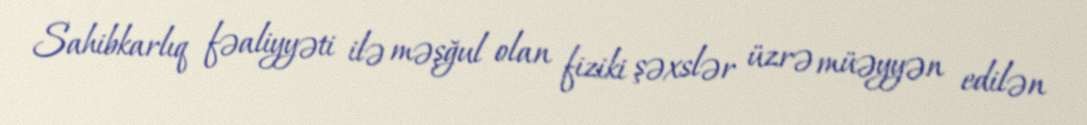
Sahibkarlıq fəaliyyəti ilə məşğul olan fiziki şəxslər üzrə müəyyən edilən